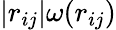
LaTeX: |r_{ij}|\omega(r_{ij})